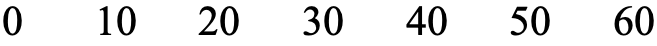
0  10  20 30  40 50  60